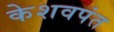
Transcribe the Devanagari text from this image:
केशवपंत